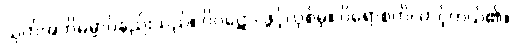
သုတ်အဘိဓမ္မာဝိနည်းသည်။ ဝိဝဋော၊ ဖွင့်လှစ်မှ။ ဝိရောစတိ၊ တင့်တယ်၏။